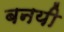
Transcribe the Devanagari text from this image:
बनयी